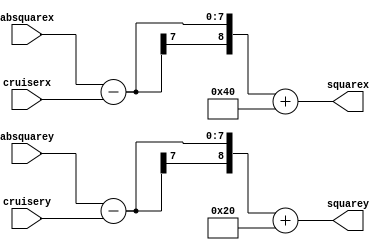
module CoordTrans(cruiserx,cruisery,absquarex,absquarey,squarex,squarey);
	input [6:0] cruiserx, cruisery, absquarex, absquarey;
	output [8:0] squarex, squarey;
	assign squarex = absquarex-cruiserx+9'd64;
	assign squarey = absquarey-cruisery+9'd32;
endmodule